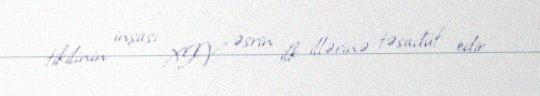
tikilinin inşası XIV əsrin ilk illərinə təsadüf edir.